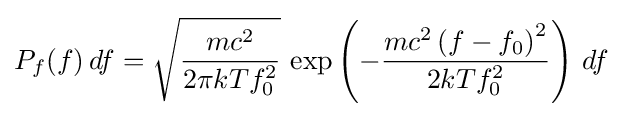
P_{f}(f)\,df={\sqrt {\frac {mc^{2}}{2\pi kTf_{0}^{2}}}}\,\exp \left(-{\frac {mc^{2}\left(f-f_{0}\right)^{2}}{2kTf_{0}^{2}}}\right)\,df